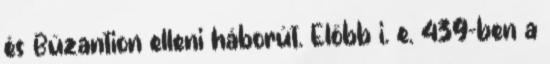
és Büzantion elleni háborút. Előbb i. e. 439-ben a